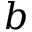
b